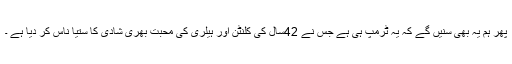
پھر ہم یہ بھی سنیں گے کہ یہ ٹرمپ ہی ہے جس نے 42سال کی کلنٹن اور ہیلری کی محبت بھری شادی کا ستیا ناس کر دیا ہے ۔